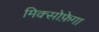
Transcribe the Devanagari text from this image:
मिक्सोफ़ेगा